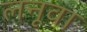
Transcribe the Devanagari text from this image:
लनूवा